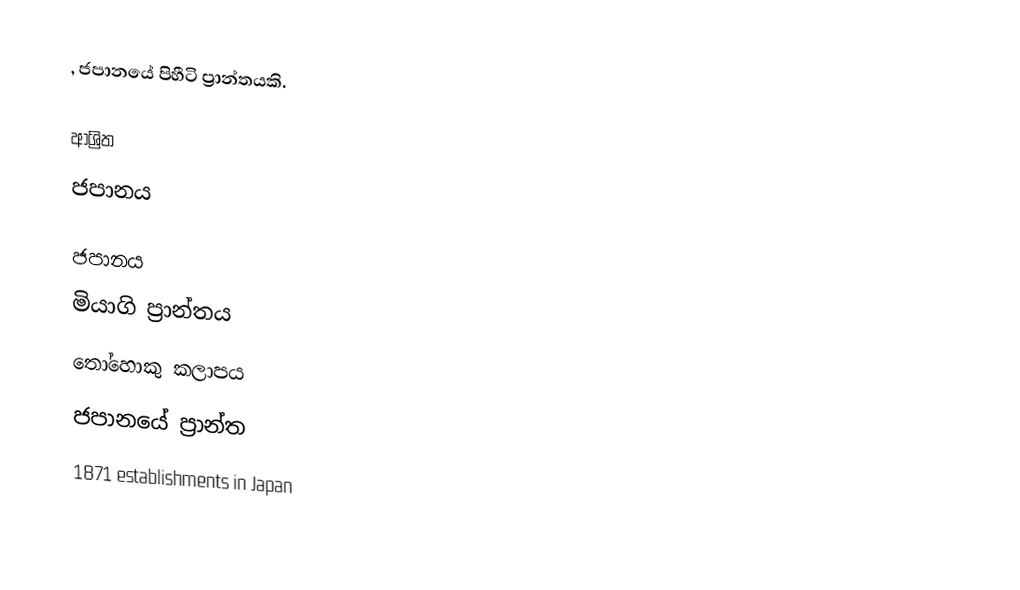
, ජපානයේ පිහීටි ප්‍රාන්තයකි.

ආශ්‍රිත
 ජපානය

ජපානය
මියාගි ප්‍රාන්තය
තෝහොකු කලාපය
ජපානයේ ප්‍රාන්ත
1871 establishments in Japan